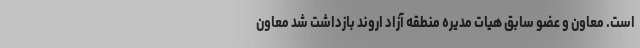
است. معاون‌ و عضو سابق هیات مدیره منطقه آزاد اروند بازداشت شد معاون‌